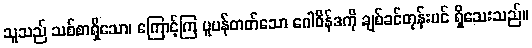
သူသည် သစ်စာရှိသော၊ ကြောင့်ကြ ပူပန်တတ်သော ဂေါဝိန်ဒကို ချစ်ခင်တုန်းပင် ရှိသေးသည်။